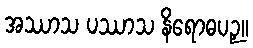
အဿာသ ပဿာသ နိရောဓပဉှ။